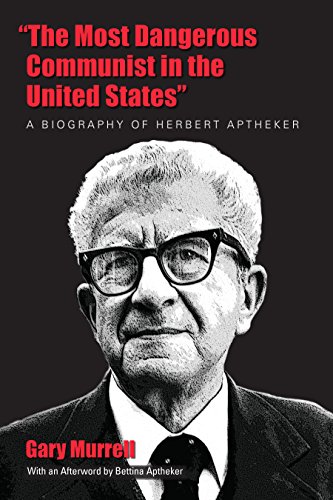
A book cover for "The Most Dangerous Communist in the United States": A Biography of Herbert Aptheker; Gary Murrell; Biographies & Memoirs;